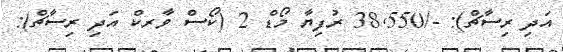
އަދި ރިސާޗް): -/38